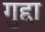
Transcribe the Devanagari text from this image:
गुद्दा